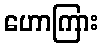
ဟောကြား